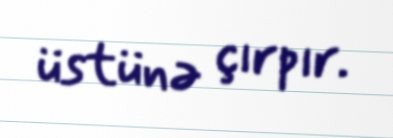
üstünə çırpır.